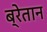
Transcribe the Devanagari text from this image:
ब्रेतान